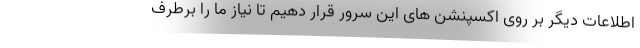
اطلاعات دیگر بر روی اکسپنشن های این سرور قرار دهیم تا نیاز ما را برطرف